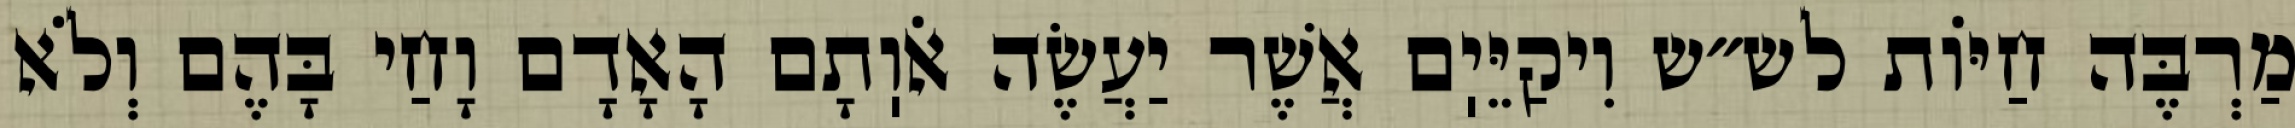
מַרְבֶּה חַיּוֹת לש״ש וִיקַיֵּיֽם אֲשֶׁר יַעֲשֶׂה אֹוֽתָם הָאָדָם וָחַי בָּהֶם וְלֹא